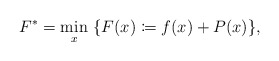
\begin{align*}F^*=\min_{x} \ \{F(x)\coloneqq f(x)+ P(x)\}, \end{align*}